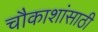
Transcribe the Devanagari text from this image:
चौकाशांसाठी